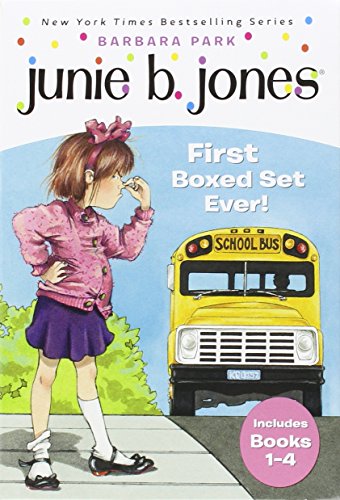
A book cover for Junie B. Jones's First Boxed Set Ever! (Books 1-4); Barbara Park; Children's Books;